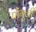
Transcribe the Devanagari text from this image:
पोंगुली